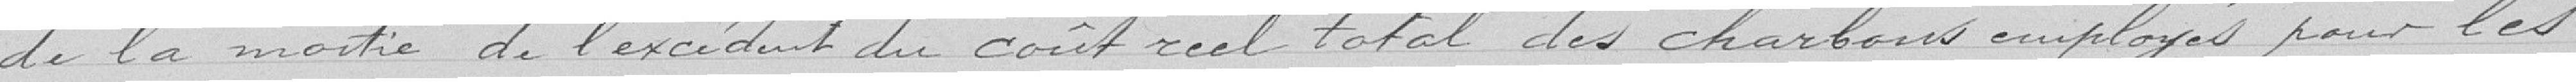
de la moitié de l'excédent du coût réel total des charbons employés pour les